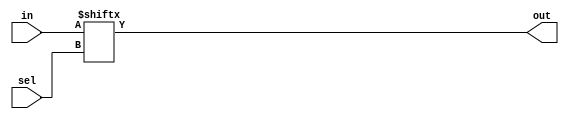
//File Name: mux16_1_v2
//Type: Module
//-----------------------------------------------------------------
//Purpose: 16:1 Mux Using 4:1 Mux (Behavioral & Structural Model)

module mux4to1(in,sel,out);
input [3:0] in;
input [1:0] sel;
output out;
assign out=in[sel];
endmodule

module mux16to1(in,sel,out);
input[15:0] in;
input[3:0] sel;
output out;
wire[3:0] t;
mux4to1 M0(in[3:0], sel[1:0],t[0]);
mux4to1 M1(in[7:4], sel[1:0],t[1]);
mux4to1 M2(in[11:8], sel[1:0],t[2]);
mux4to1 M3(in[15:12], sel[1:0],t[3]);
mux4to1 M4(t,sel[3:2],out);
endmodule